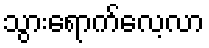
သွားရောက်လေ့လာ